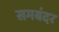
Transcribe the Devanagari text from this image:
समबंदर